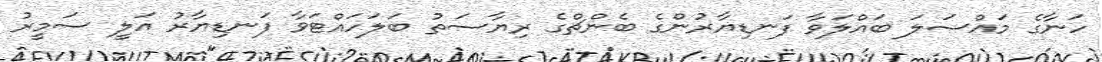
ހަނާގެ މައްސަލަ ބައްލަވާ ފަނޑިޔާރުންގެ ބެންޗްގެ ރިޔާސަތު ބަލަހައްޓަވާ ފަނޑިޔާރު އަލީ ސަމީރު